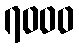
၇၀၀၀